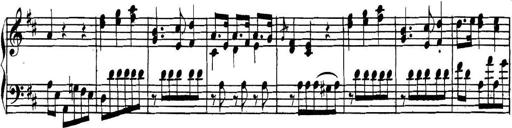
Title: Collected Piano Sonatas
Composer: Muzio Clementi